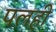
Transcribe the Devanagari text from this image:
पलही